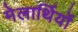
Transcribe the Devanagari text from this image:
मेलार्थियों